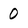
Character: 0